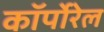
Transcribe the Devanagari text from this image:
कॉर्पोरेल